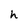
Character: h